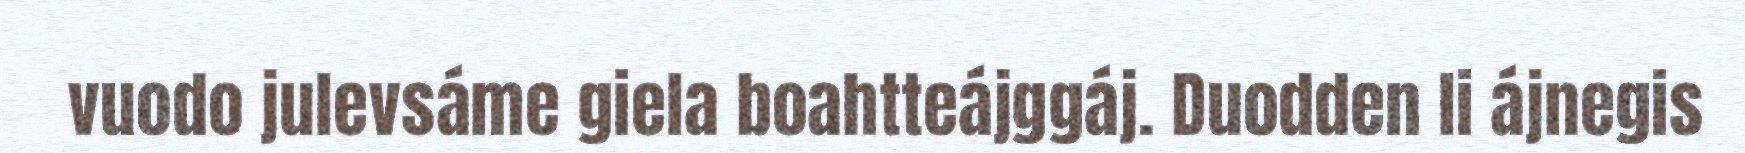
vuodo julevsáme giela boahtteájggáj. Duodden li ájnegis